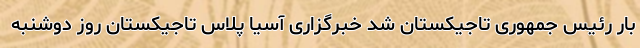
بار رئیس جمهوری تاجیکستان شد خبرگزاری آسیا پلاس تاجیکستان روز دوشنبه